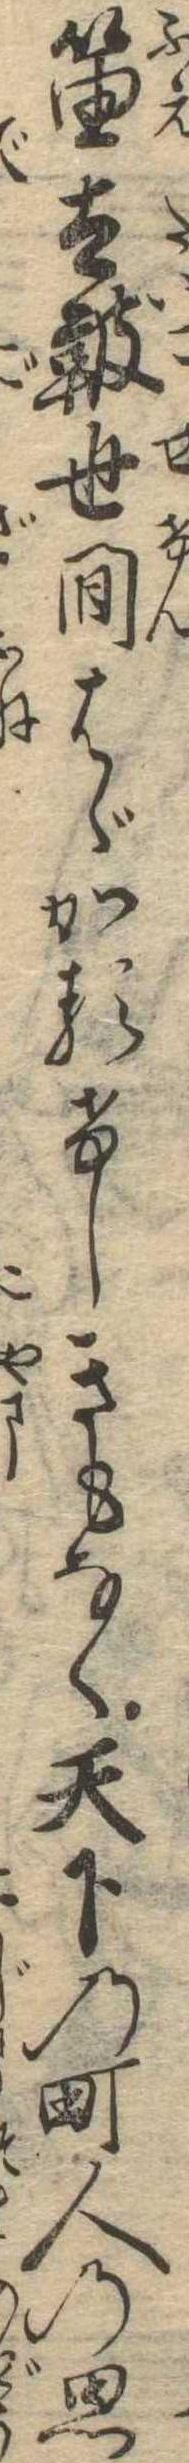
笛太鞁世間はゞかるけしきもなく天下の町人の思